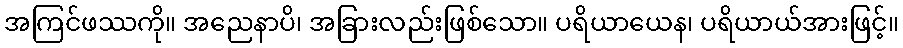
အကြင်ဖဿကို။ အညေနာပိ၊ အခြားလည်းဖြစ်သော။ ပရိယာယေန၊ ပရိယာယ်အားဖြင့်။